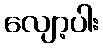
လျော့ပါး